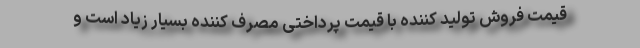
قیمت فروش تولید کننده با قیمت پرداختی مصرف کننده بسیار زیاد است و